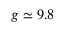
g \simeq 9 . 8